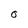
Character: O